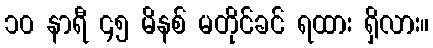
၁၀ နာရီ ၄၅ မိနစ် မတိုင်ခင် ရထား ရှိလား။